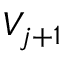
V _ { j + 1 }